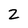
Character: z